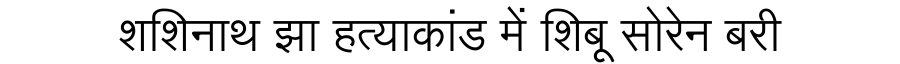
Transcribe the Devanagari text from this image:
शशिनाथ झा हत्याकांड में शिबू सोरेन बरी